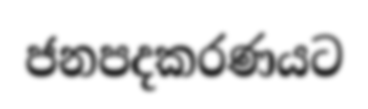
ජනපදකරණයට